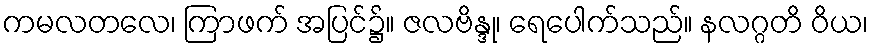
ကမလတလေ၊ ကြာဖက် အပြင်၌။ ဇလဗိန္ဒု၊ ရေပေါက်သည်။ နလဂ္ဂတိ ဝိယ၊